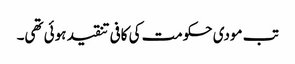
تب مودی حکومت کی کافی تنقید ہوئی تھی۔